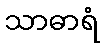
သာဓာရံ